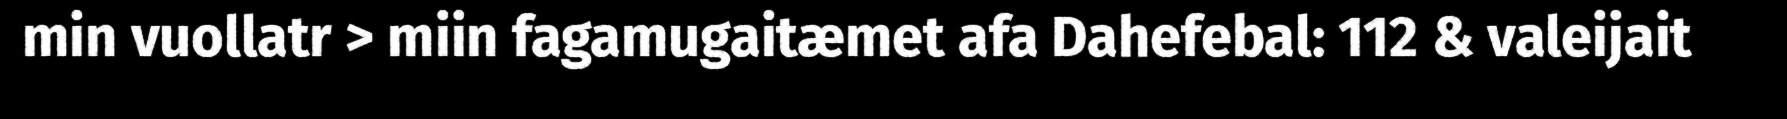
min vuollatr > miin fagamugaitæmet afa Dahefebal: 112 & valeijait